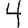
Digit: 4